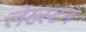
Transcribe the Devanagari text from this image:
लेख्स्टन